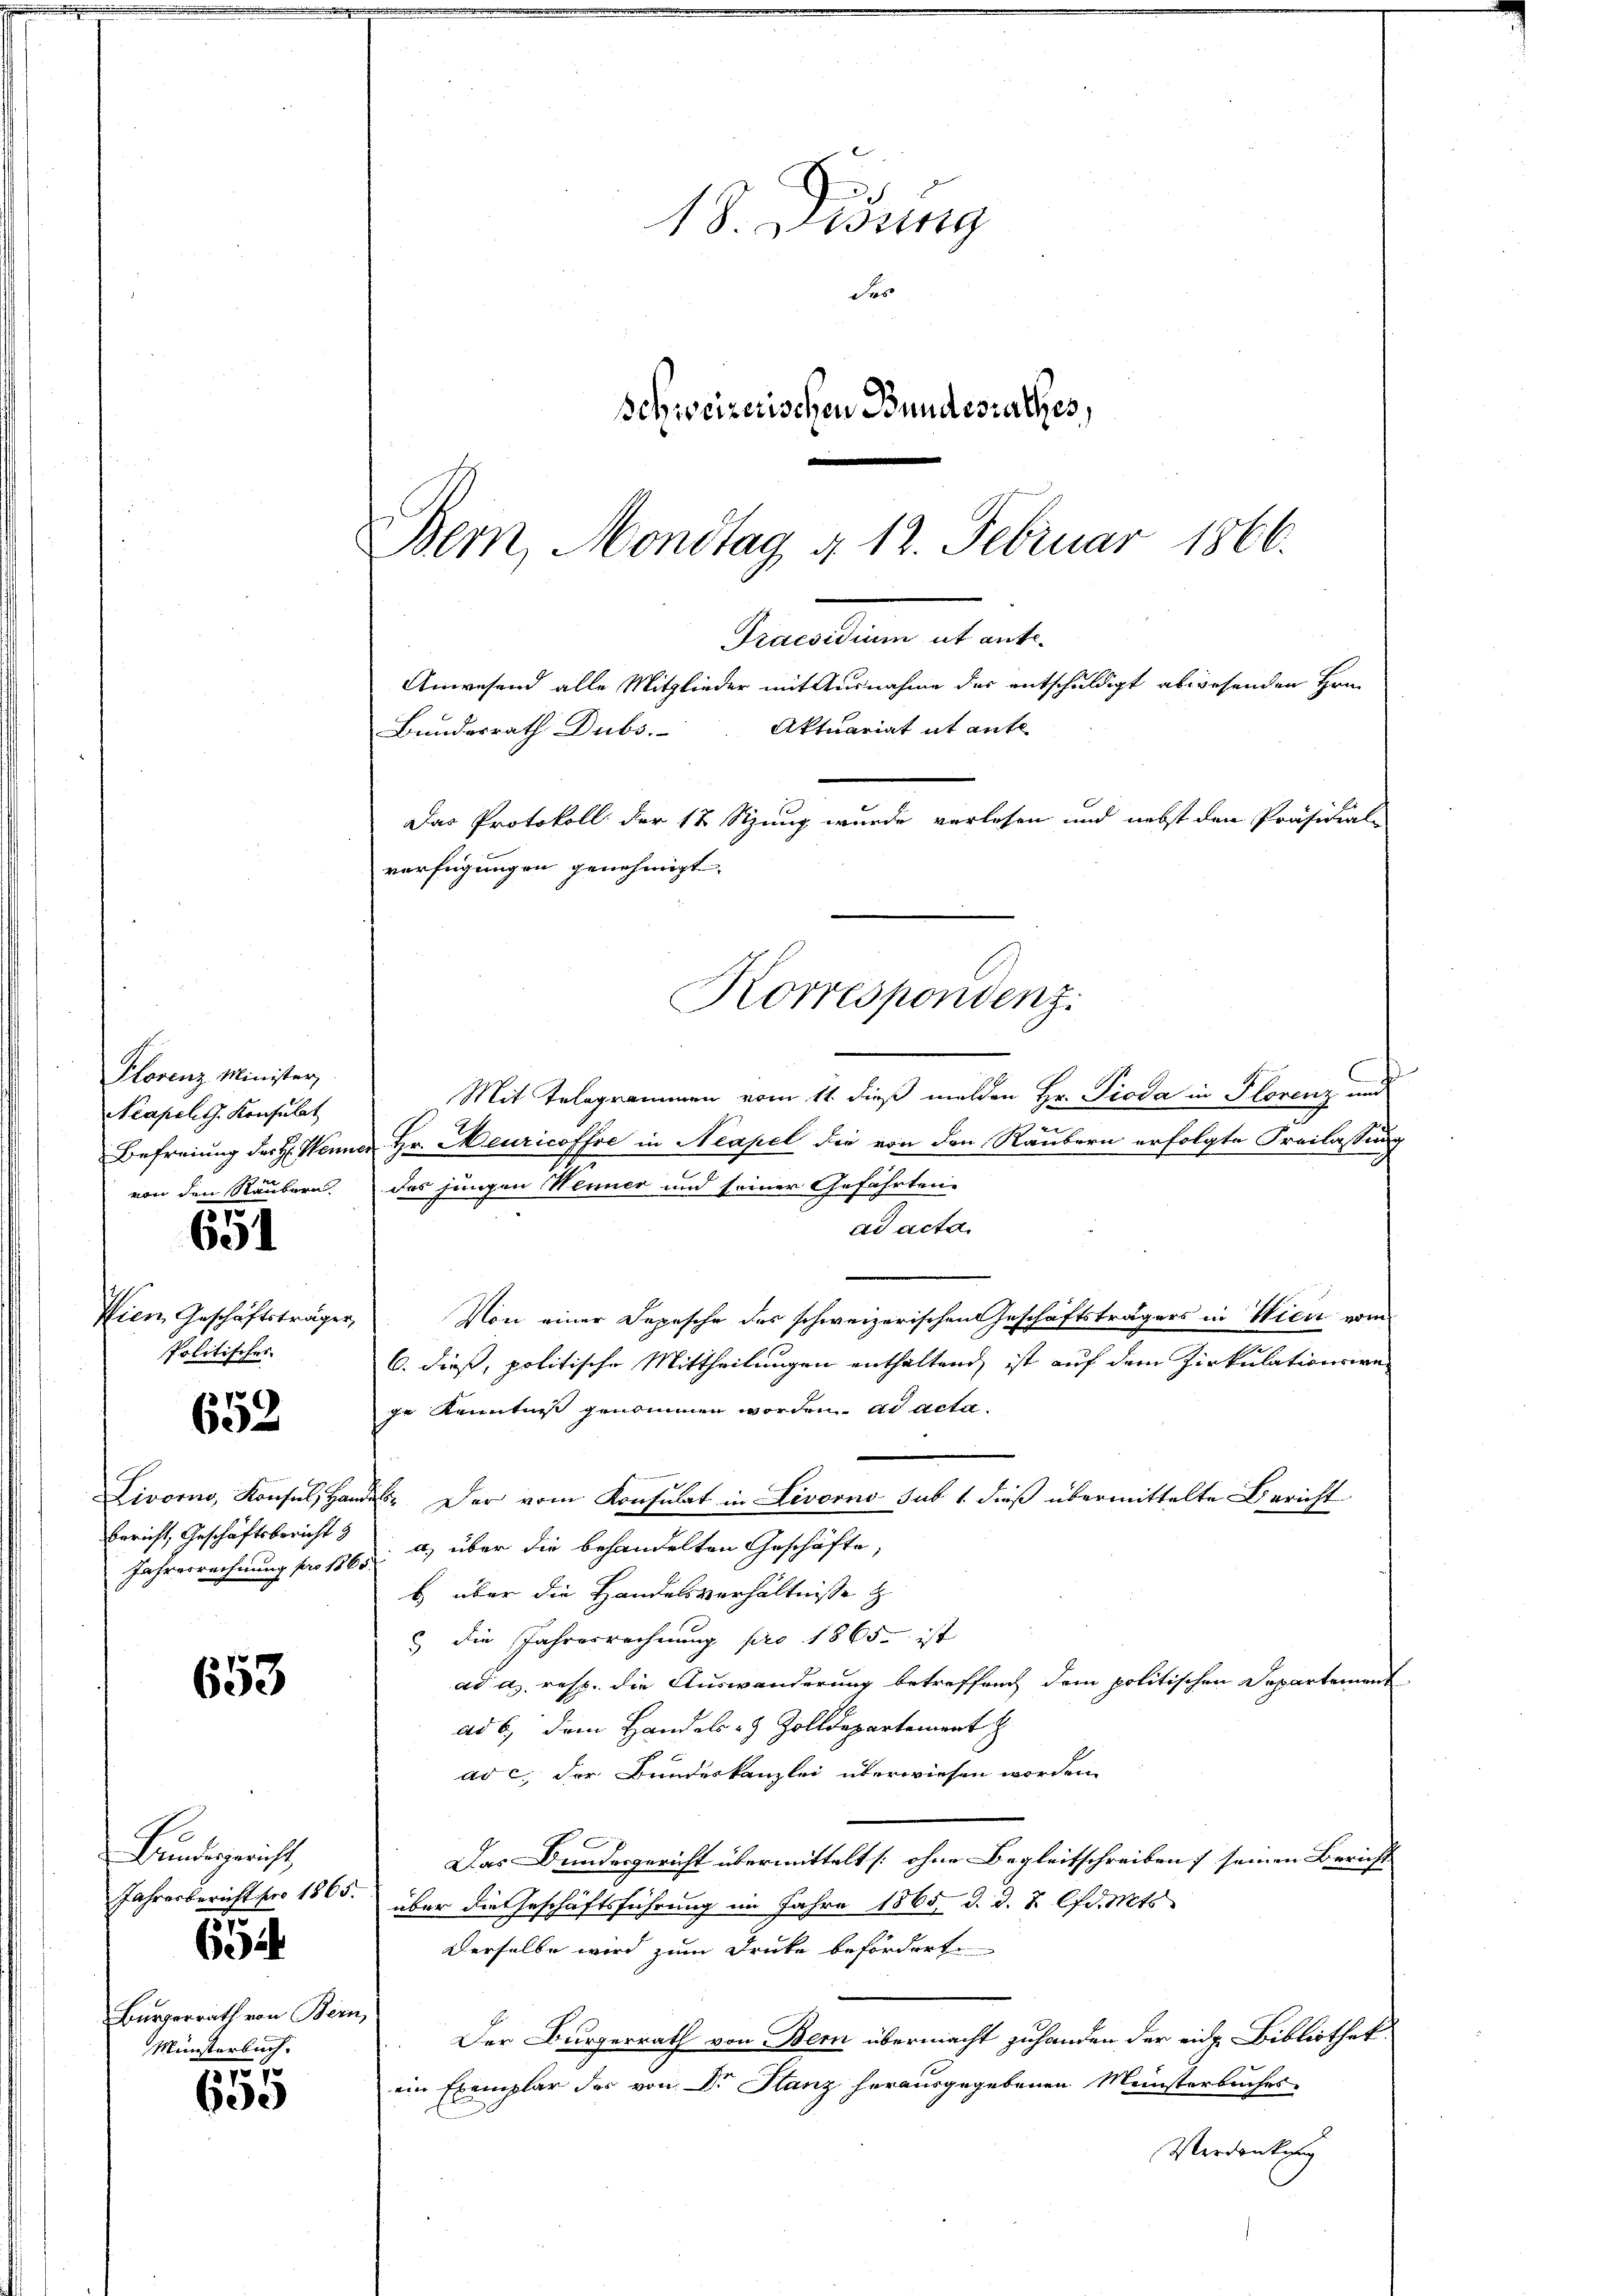
Plorenz Minister,
Neapel. G. Konsulat
von den Räubern

651

Pier Geschäftsträger,
Politisches.

7
632

Bericht, Geschäftsbericht &
Jahresrechnung pro 1865.

653

Bundesgericht,

6

Bürgerrath von Bern,
Münsterbuch.

707
630

Mit Telegrammen vom 11. dieß melden Hr. Pioda in Florenz und
Befreiung der H. Henner Hr. Heuricoffe in Neapel die von den Raubern erfolgte Freilassung
das jungen Wenner und seiner Geführten-
ad acta.
Von einer Depesche des schweizerischen Geschäftsträgers in Wien vom
6. dieß, politische Mittheilungen enthaltend, ist auf dem Zirkulationswa-
ge Kenntnis genommen worden. ad acta.
Livorno, Konsul, Handels. Der vom Konsulat in Livorno sub 1. dieß übermittelte Bericht
a) über die behandelten Geschäfte,
b über die Handelsverhältnisse z
) die Jahresrechnung pro 1865 ist
ad a. resp. die Auswanderung betreffend dem politischen Departement
ad 6. dem Handels- & Zolldepartement
ar c. der Bundeskanzlei überwiesen worden.
Das Bundesgericht übermittelt [: ohne Begleitschreiben f seinen Bericht
Jahresbericht pro 1805. über die Geschäftsführung im Jahre 1865 d. d. J. lfd. Mts
Derselbe wird zum Drucke befördert.
Der Bürgerrath von Bern übermacht zuhanden der eid. Bibliothek
ein Exemplar des von Dr. Stanz herausgegebenen Meisterbuches
Verdankung

18. Sidung
des
Schweizerischen Bundesrathes,

Bern, Mondtag § 12. Februar 1866.
Semmelten alt ent¬
Anwesend alle Mitglieder mit Ausnahme der entschuldigt abwesenden Hrn.
Aktuariat it ante
Bundesrath Dubs.
Das Protokoll der 12 Sizung wurde verlesen und nebst den Präsidial-
verfügungen genehmigt. |
Korrespondenz.